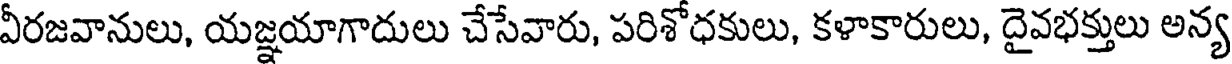
వీరజవానులు, యజ్ఞయాగాదులు చేసేవారు, పరిశోధకులు, కళాకారులు, దైవభక్తులు అన్య